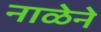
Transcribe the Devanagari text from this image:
नाळेने